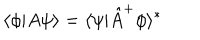
LaTeX: \langle \phi | A \psi \rangle = \langle \psi | \hat { A } ^ { + } \phi \rangle ^ { * }